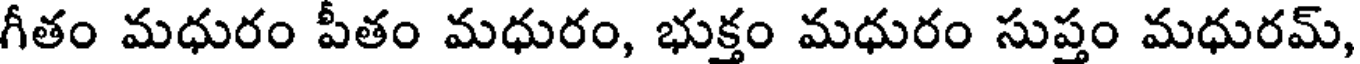
గీతం మధురం పీతం మధురం, భుక్తం మధురం సుప్తం మధురమ్,